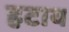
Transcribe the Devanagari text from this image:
हटाय